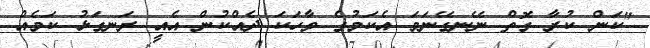
"ކަން ކުރާ ގޮތް ނޭނގޭނަމަ އެކަމުގެ ވާހަކަ ދެއްކުން އެއީ ރަނގަޅު ކަމެއް